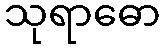
သုရာဓော